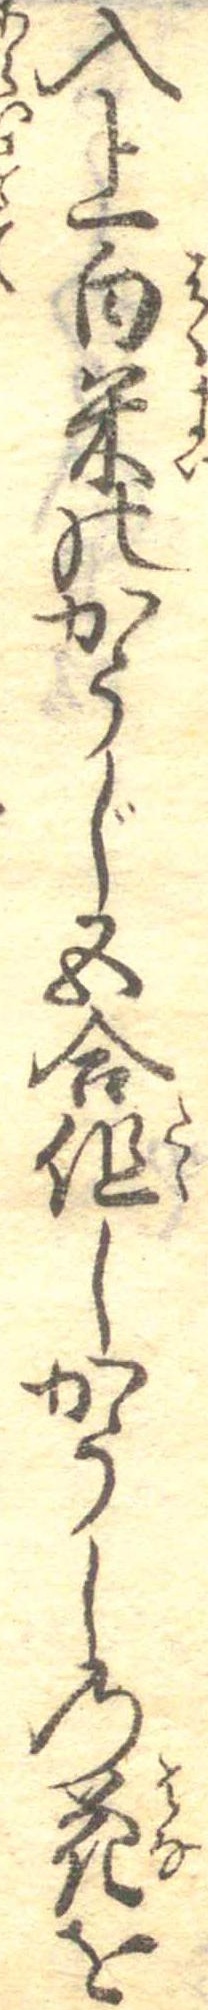
入上白米のかうじ五合但しかうしの花を